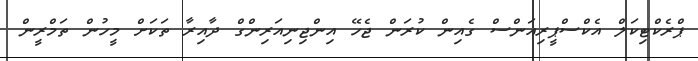
ޕްރެކްޓިކަލް އެކްސްޕީރިއަންސް ގެއިން ކުރަން ޖެހޭ އިންޖިނިއަރިންގް ދާއިރާ ތަކަށް މީހުން ތަމްރީން